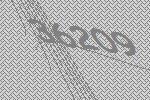
36209